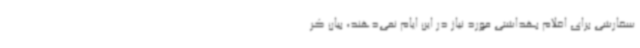
سفارشی برای اقلام بهداشتی مورد نیاز در این ایام نمی‌دهند، بیان کر